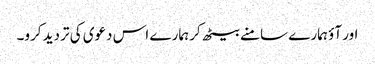
اور آؤ ہمارے سامنے بیٹھ کر ہمارے اس دعوی کی تردید کرو۔